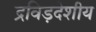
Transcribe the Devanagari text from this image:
द्रविड़देशीय